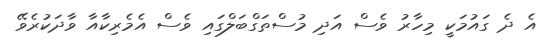
އެ ދެ ގައުމަކީ މިހާރު ވެސް އަދި މުސްތަގްބަލްގައި ވެސް އެމެރިކާއާ ވާދަކުރެވޭ